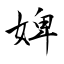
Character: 婢